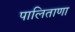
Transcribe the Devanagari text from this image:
पालिताणा